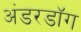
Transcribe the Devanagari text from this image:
अंडरडाॅग